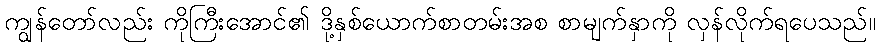
ကျွန်တော်လည်း ကိုကြီးအောင်၏ ဒို့နှစ်ယောက်စာတမ်းအစ စာမျက်နှာကို လှန်လိုက်ရပေသည်။